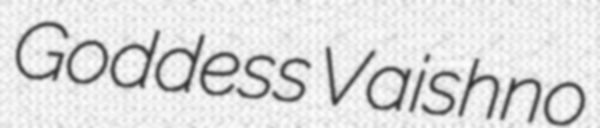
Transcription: Goddess Vaishno